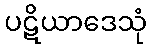
ပဋိယာဒေသုံ